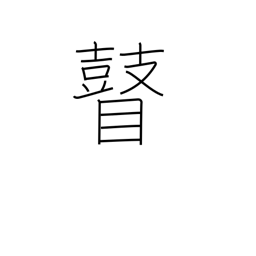
Meaning: blind person